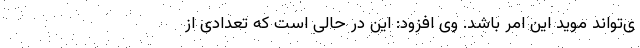
ی‌تواند مويد اين امر باشد. وی افزود: اين در حالی است كه تعدادی از